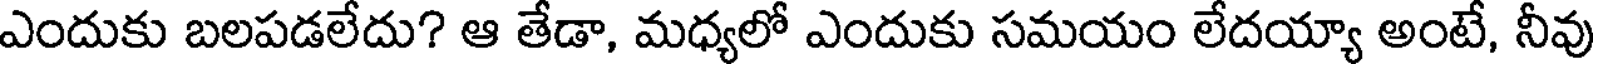
ఎందుకు బలపడలేదు? ఆ తేడా, మధ్యలో ఎందుకు సమయం లేదయ్యా అంటే, నీవు